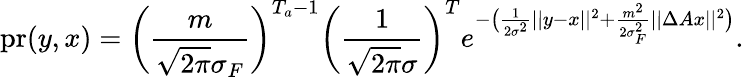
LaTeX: \mathrm{pr}(y,x)=\bigg(\frac{m}{\sqrt{2\pi}\sigma_{F}}\bigg)^{T_{a}-1}\bigg(\frac{1}{\sqrt{2\pi}\sigma}\bigg)^{T}e^{-\big(\frac{1}{2\sigma^{2}}||y-x||^{2}+\frac{m^{2}}{2\sigma_{F}^{2}}||\Delta Ax||^{2}\big)}.